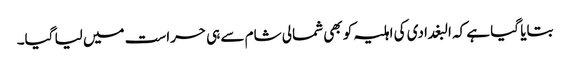
بتایا گیا ہے کہ البغدادی کی اہلیہ کو بھی شمالی شام سے ہی حراست میں لیا گیا۔